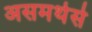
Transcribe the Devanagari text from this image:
असमर्थसे